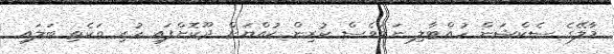
މާލޭގެ ސެކްޝަން ހުއްޓާލި ނަމަވެސް ކުރިން ކުއްޔަށް ދޫކޮށްފައި ހުރި ތަކެތި ބަލައި